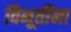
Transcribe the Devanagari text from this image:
विभूतींना